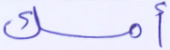
أمسك